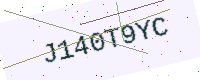
Text: J140T9YC